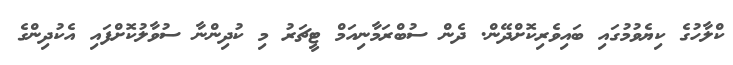
ކްލާހުގެ ކިޔެވުމުގައި ބައިވެރިކޮށްދޭން. ދެން ސުބްރަމާނިއަމް ޓީޗަރު މި ކުދިންނާ ސުވާލުކޮށްފައި އެކުދިންގެ